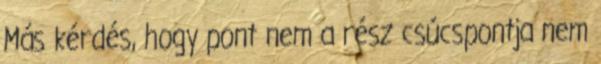
Más kérdés, hogy pont nem a rész csúcspontja nem